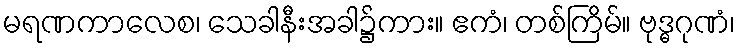
မရဏကာလေစ၊ သေခါနီးအခါ၌ကား။ ဧကံ၊ တစ်ကြိမ်။ ဗုဒ္ဓဂုဏံ၊